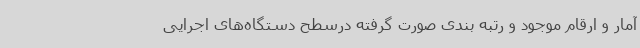
آمار و ارقام موجود و رتبه بندی صورت گرفته درسطح دستگاه‌های اجرایی